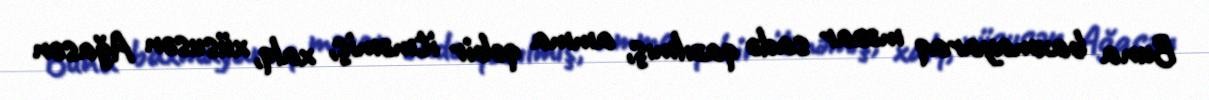
Buna baxmayaraq məzar sadə qazılmış, amma qəbir itməmiş, xalq, xüsusən Ağasən